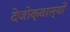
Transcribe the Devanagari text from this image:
देजोक्वास्यों